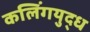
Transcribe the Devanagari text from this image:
कलिंगयुद्ध